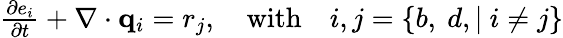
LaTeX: \begin{array}{r}{\frac{\partial e_{i}}{\partial t}+\nabla\cdot\mathbf q_{i}=r_{j},\quad\textrm{with}\quad i,j=\{ b,\ d,|\ i\neq j\} }\end{array}